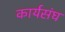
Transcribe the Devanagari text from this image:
कार्यसंघ